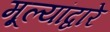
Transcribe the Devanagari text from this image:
मूल्यांद्वारे